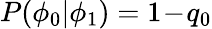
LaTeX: P(\phi_{0}|\phi_{1})=1\! -\! q_{0}